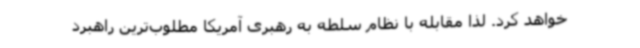
خواهد کرد. لذا مقابله با نظام سلطه به رهبری آمریکا مطلوب‌ترین راهبرد